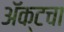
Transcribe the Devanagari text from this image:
अॅक्टचा